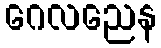
ဂေလညေန